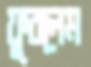
ফুরলেম